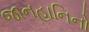
જાનહાનિનો